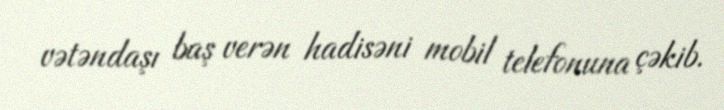
vətəndaşı baş verən hadisəni mobil telefonuna çəkib.